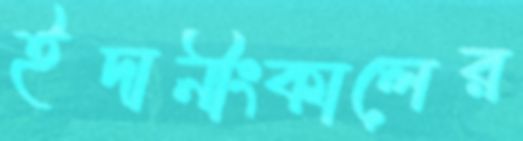
ইদানীংকালের